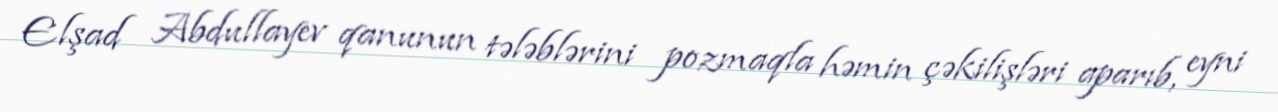
Elşad Abdullayev qanunun tələblərini pozmaqla həmin çəkilişləri aparıb, eyni